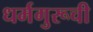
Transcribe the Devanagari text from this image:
धर्मगुरूची